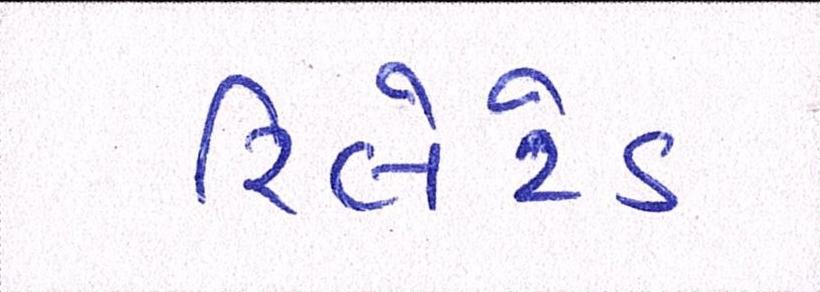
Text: રિલેટેડ